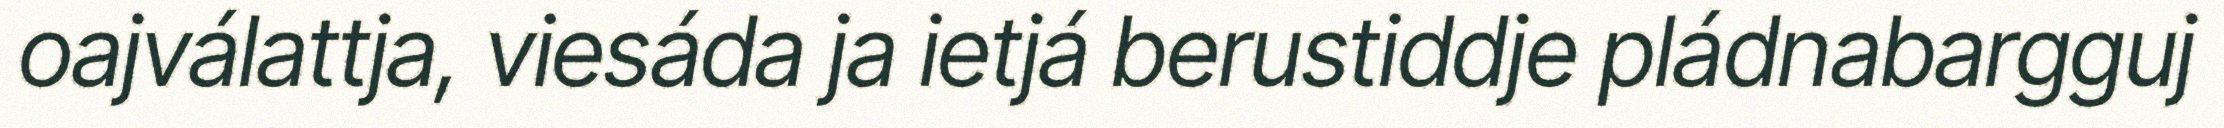
oajválattja, viesáda ja ietjá berustiddje pládnabargguj